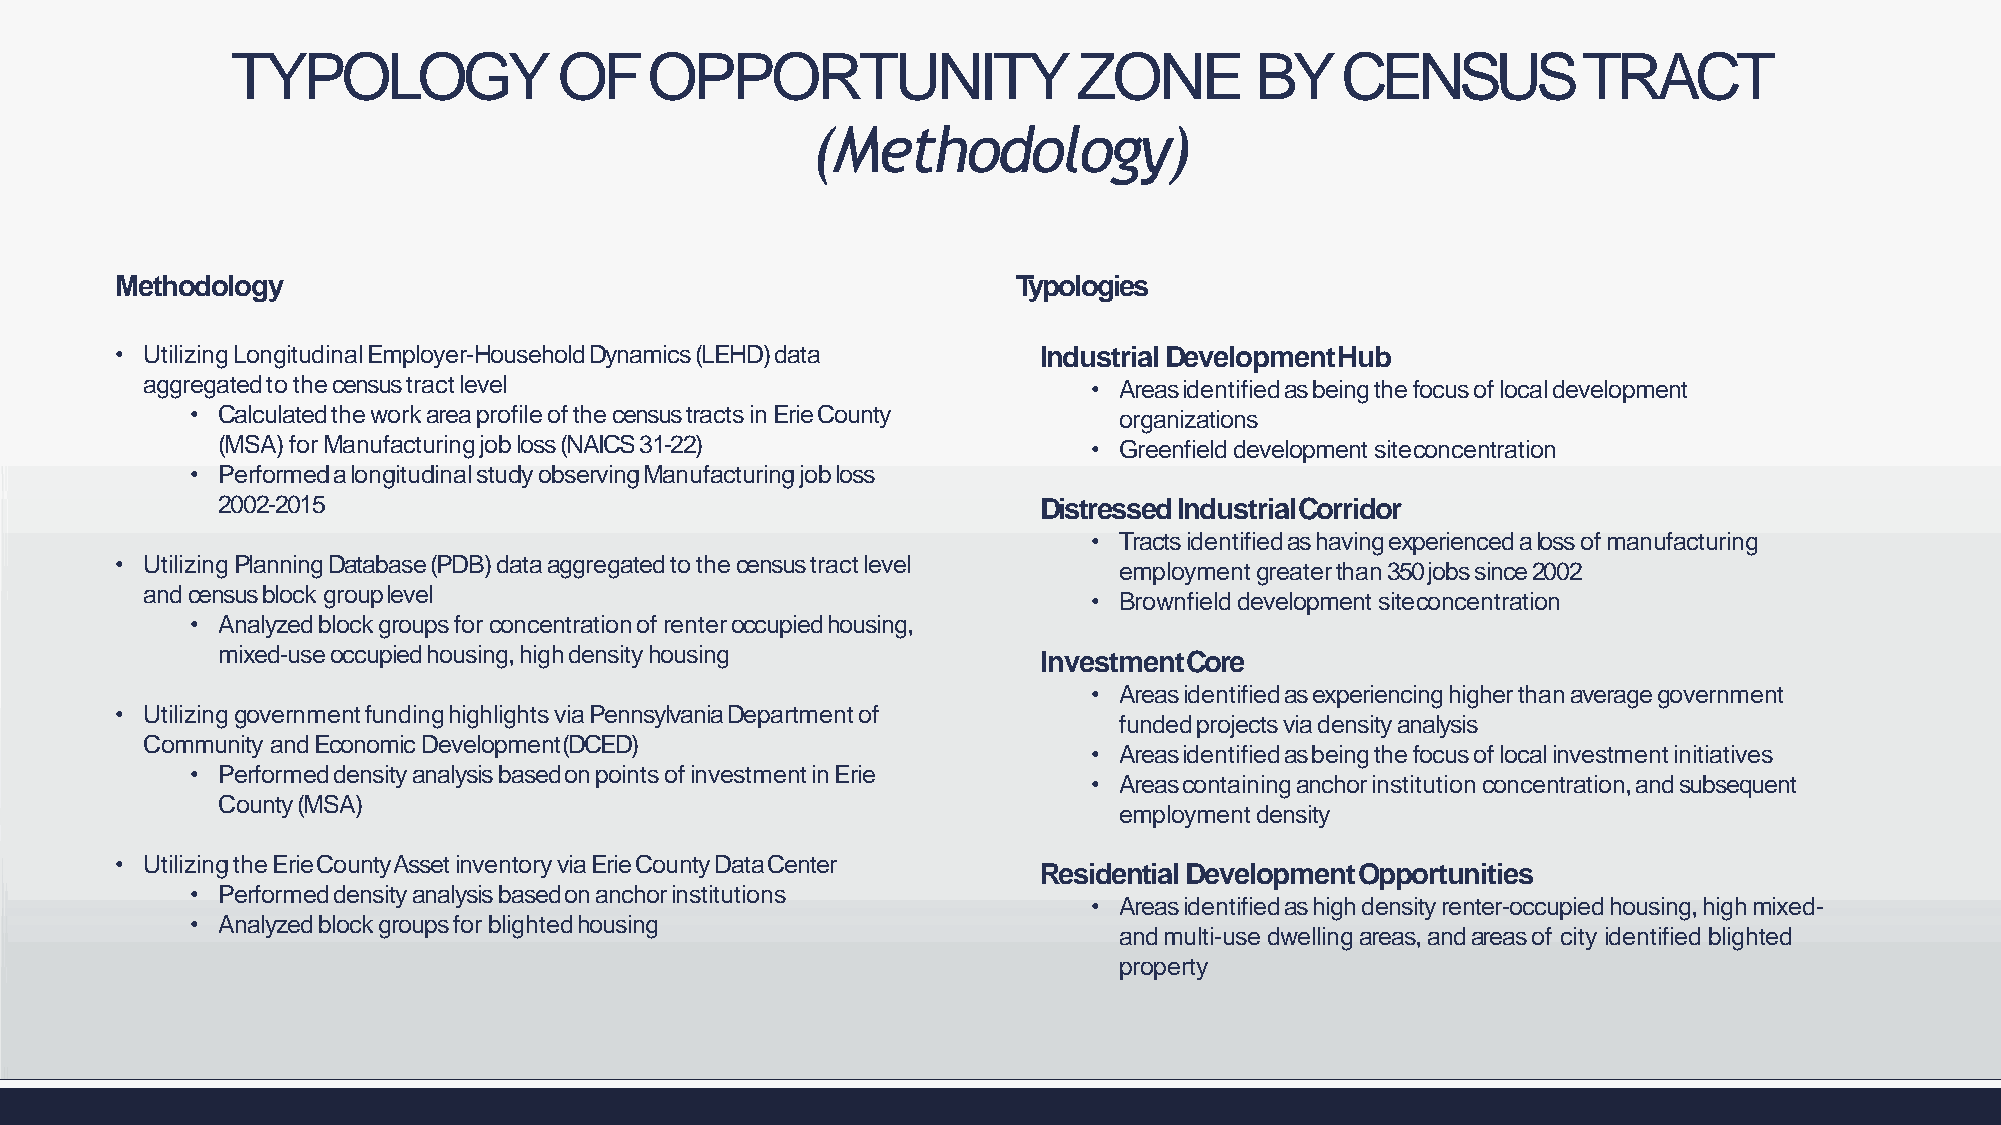
TYPOLOGY              OFOPPORTUNITYZONE                             BYCENSUSTRACT
 (Methodology)
 Methodology                                                Typologies
 • UtilizingLongitudinalEmployer-HouseholdDynamics(LEHD)data  Industrial DevelopmentHub
 aggregatedtothecensustractlevel                                • Areasidentifiedasbeingthefocusoflocaldevelopment
 • CalculatedtheworkareaprofileofthecensustractsinErieCounty  organizations
 (MSA)forManufacturingjobloss(NAICS31-22)                  • Greenfield development siteconcentration
 • PerformedalongitudinalstudyobservingManufacturingjobloss
 2002-2015                                              Distressed IndustrialCorridor
 • Tractsidentifiedashavingexperiencedalossofmanufacturing
 • UtilizingPlanningDatabase(PDB)dataaggregatedtothecensustractlevel
 employmentgreaterthan350jobssince2002
 and census block grouplevel
 • Brownfield development siteconcentration
 • Analyzedblockgroupsforconcentrationofrenteroccupiedhousing,
 mixed-useoccupiedhousing,highdensityhousing            InvestmentCore
 • Areasidentifiedasexperiencinghigherthanaveragegovernment
 • UtilizinggovernmentfundinghighlightsviaPennsylvaniaDepartmentof
 fundedprojectsviadensityanalysis
 Community and Economic Development(DCED)
 • Areasidentifiedasbeingthefocusoflocalinvestmentinitiatives
 • PerformeddensityanalysisbasedonpointsofinvestmentinErie
 • Areascontaininganchorinstitutionconcentration,andsubsequent
 County(MSA)
 employmentdensity
 • UtilizingtheErieCountyAssetinventoryviaErieCountyDataCenter
 Residential DevelopmentOpportunities
 • Performeddensityanalysisbasedonanchorinstitutions
 • Areasidentifiedashighdensityrenter-occupiedhousing,highmixed-
 • Analyzedblockgroupsforblightedhousing
 and multi-use dwelling areas, and areas of city identified blighted
 property